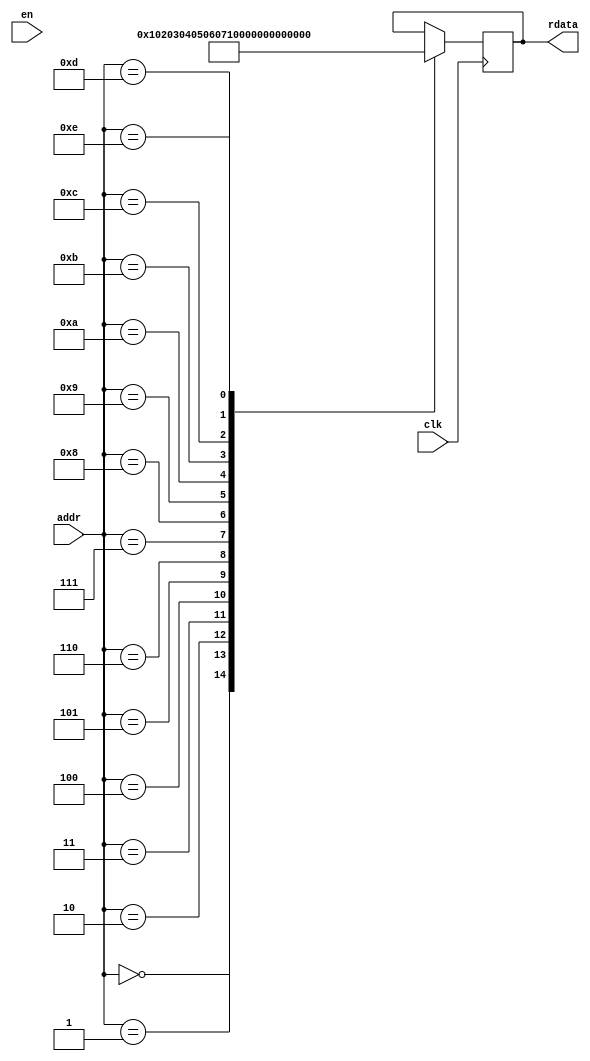
`timescale 1ns / 1ps
//////////////////////////////////////////////////////////////////////////////////
// Company: 
// Engineer: 
// 
// Design Name: 
// Module Name: memory_image
// Project Name: 
// Target Devices: 
// Tool Versions: 
// Description: 
// 
// Dependencies: 
// 
// Revision:
// Revision 0.01 - File Created
// Additional Comments:
// 
//////////////////////////////////////////////////////////////////////////////////


module memory_image #(
                        parameter n_c = 5'd5,//5'd27,  //number of column matrix image 
                        parameter n_r = 5'd3,//5'd27,  //number of rows matrix image 
                        parameter numWeight = 16,//784, 
                        addressWidth=4,//4,
                        dataWidth= 8,//4,
                        weightFile="/home/javier/Documents/fpga_implementations_of_neural_networks/CNN/02_hardware/01_test_vivado/project_7/project_7.srcs/sources_1/new/image.mem"
                          
    ) 
    ( 
    input clk,
    input en,
    input [addressWidth-1:0] addr,
//    input [addressWidth-1:0] addr1,
//    input [addressWidth-1:0] addr2,
    output reg [dataWidth-1:0] rdata
//    output reg [dataWidth-1:0] rdata0,
//    output reg [dataWidth-1:0] rdata1,
//    output reg [dataWidth-1:0] rdata2,
//    output reg [dataWidth-1:0] rdata3
    
    );
    
    reg [dataWidth-1:0] register[numWeight-1:0];
//    reg [dataWidth-1:0] data[numWeight-1:0];
    
    
//    wire [4:0] p_img_0;
//    wire [4:0] p_img_1;
//    wire [4:0] p_img_2;
//    wire [4:0] p_img_3;
//    wire [4:0] p_img_4;
//    wire [4:0] p_img_5;
//    wire [4:0] p_img_6;
//    wire [4:0] p_img_7;
//    wire [4:0] p_img_8;

//        initial
//		begin
//	        $readmemb(weightFile, register);
//	    end
    
//initial //Image
//begin
//register[0] = 8'd0;
//register[1] = 8'd1;
//register[2] = 8'd2;
//register[3] = 8'd3;
//register[4] = 8'd4;
//register[5] = 8'd5;
//register[6] = 8'd6;
//register[7] = 8'd7;
//register[8] = 8'd8;
//register[9] = 8'd9;
//register[10] = 8'd10;
//register[11] = 8'd11;
//register[12] = 8'd12;
//register[13] = 8'd13;
//register[14] = 8'd14;
//register[15] = 8'd14;
//end    


//    assign p_img_0 = (0+addr1)*(n_c) + (0+addr2);
//    assign p_img_1 = (0+addr1)*(n_c) + (1+addr2);
//    assign p_img_2 = (1+addr1)*(n_c) + (0+addr2);
//    assign p_img_3 = (1+addr1)*(n_c) + (1+addr2);
    
    
//    always @(posedge clk)
//    begin
//        if (en)
//        begin
//            rdata <= register[addr];
////            rdata0 <= data[p_img_0];
////            rdata1 <= data[p_img_1];
////            rdata2 <= data[p_img_2];
////            rdata3 <= data[p_img_3];
//        end
//    end 



    always @(posedge clk)
    begin
        case (addr)
            8'd0: rdata <= 8'd0;
            8'd1: rdata <= 8'd1;
            8'd2: rdata <= 8'd2;
            8'd3: rdata <= 8'd3;
            8'd4: rdata <= 8'd4;
            8'd5: rdata <= 8'd5;
            8'd6: rdata <= 8'd6;
            8'd7: rdata <= 8'd7;
            8'd8: rdata <= 8'd8;
            8'd9: rdata <= 8'd9;
            8'd10: rdata <= 8'd10;
            8'd11: rdata <= 8'd11;
            8'd12: rdata <= 8'd12;
            8'd13: rdata <= 8'd13;
            8'd14: rdata <= 8'd14;
            8'd14: rdata <= 8'd15;            
        endcase        
    end




endmodule